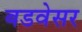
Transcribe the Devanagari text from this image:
बडवेसर